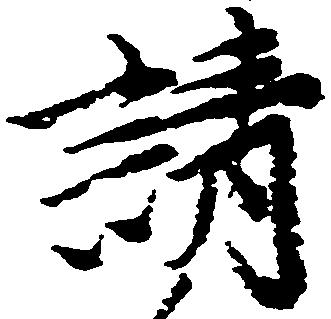
請